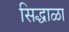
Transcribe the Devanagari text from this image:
सिद्धाळा